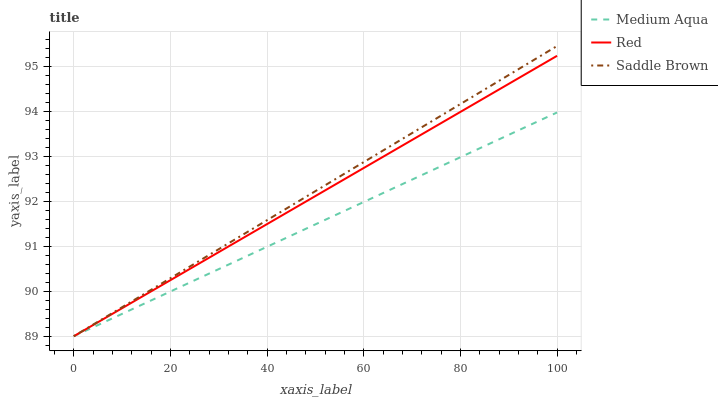
| xaxis_label | Medium Aqua | Red | Saddle Brown |
 | --- | --- | --- | --- |
 | 0 | 89 | 89 | 89 |
 | 7.14 | 89.4 | 89.4 | 89.5 |
 | 14.3 | 89.7 | 89.9 | 89.9 |
 | 21.4 | 90.1 | 90.3 | 90.4 |
 | 28.6 | 90.4 | 90.8 | 90.8 |
 | 35.7 | 90.8 | 91.2 | 91.3 |
 | 42.9 | 91.1 | 91.7 | 91.8 |
 | 50 | 91.5 | 92.1 | 92.2 |
 | 57.1 | 91.8 | 92.6 | 92.7 |
 | 64.3 | 92.2 | 93 | 93.2 |
 | 71.4 | 92.6 | 93.5 | 93.6 |
 | 78.6 | 92.9 | 93.9 | 94.1 |
 | 85.7 | 93.3 | 94.3 | 94.5 |
 | 92.9 | 93.6 | 94.8 | 95 |
 | 100 | 94 | 95.2 | 95.5 |